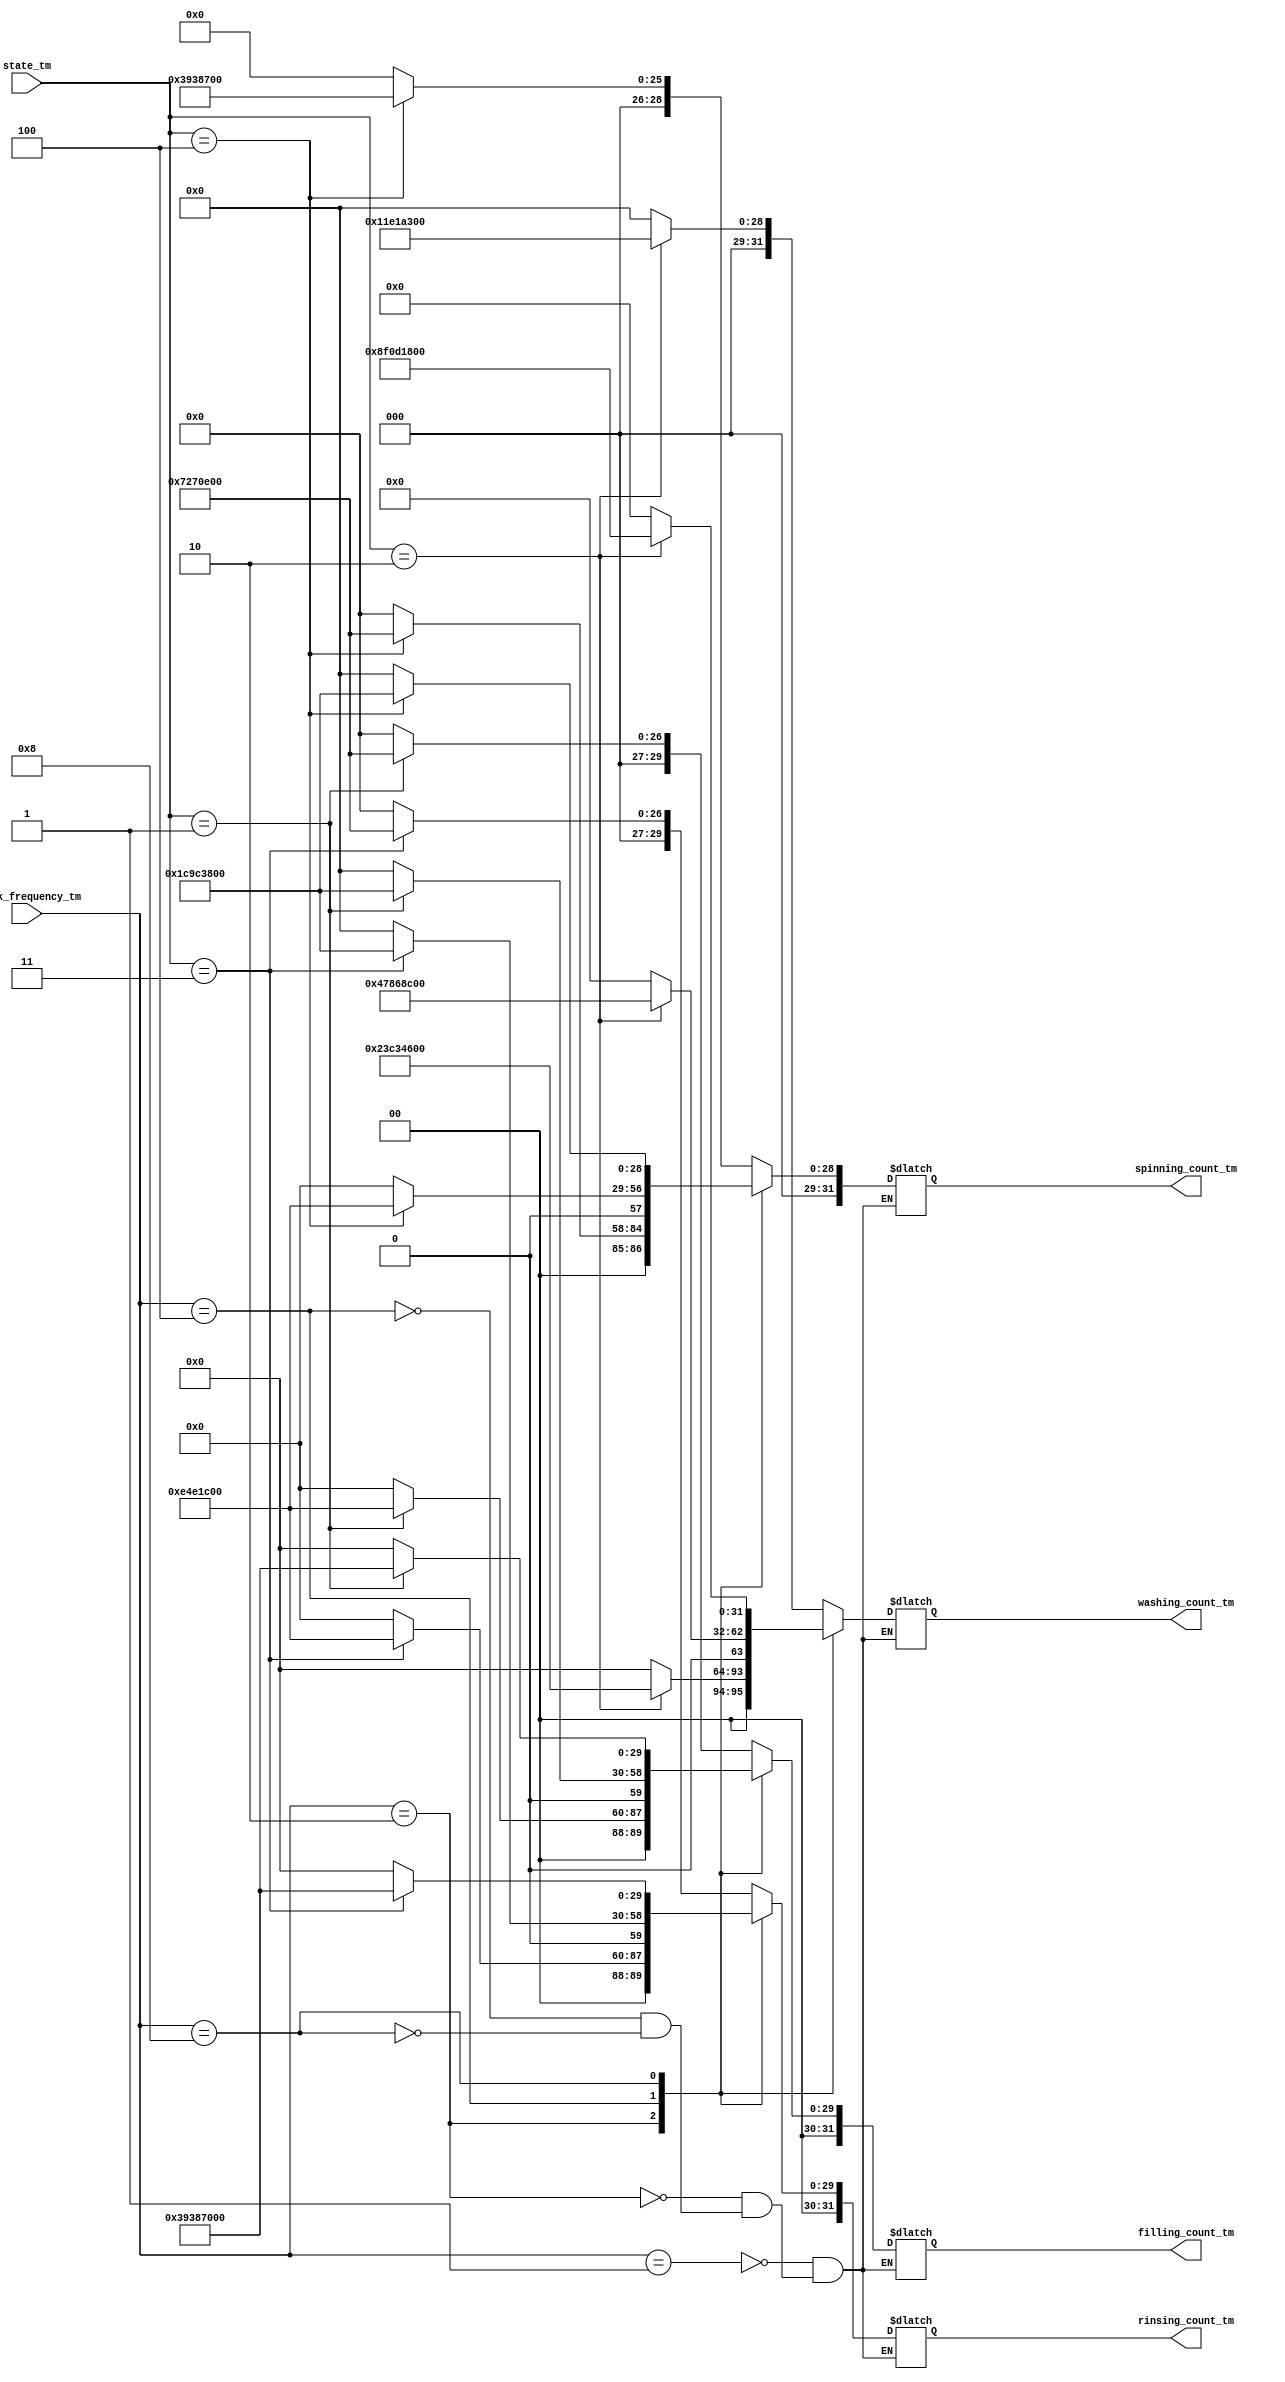
module timer_machinec#(parameter FILLING_COUNT_TM=29'd120000000,
                       parameter WASHING_COUNT_TM=29'd300000000,
                       parameter RINSING_COUNT_TM=29'd120000000,
                       parameter SPINNING_COUNT_TM=29'd60000000)
(
  input     wire  [3:0]    clock_frequency_tm,
  input     wire  [2:0]    state_tm,
       
  output    reg   [31:0]   filling_count_tm,
  output    reg   [31:0]   washing_count_tm,
  output    reg   [31:0]   rinsing_count_tm,
  output    reg   [31:0]   spinning_count_tm);
  
  
  
always@(*)
  begin  
    case(clock_frequency_tm)
    4'b0001:begin           //////// 1MHZ 
                 case(state_tm)
                 3'b000: begin           //Idle
                             filling_count_tm='b0;
                             washing_count_tm='b0;
                             rinsing_count_tm='b0;
                             spinning_count_tm='b0;
                           end
           
                 3'b001: begin           //filling water
                             filling_count_tm=FILLING_COUNT_TM;
                             washing_count_tm='b0;
                             rinsing_count_tm='b0;
                             spinning_count_tm='b0;
                           end
          
                 3'b010: begin           //washing
                             filling_count_tm='b0;
                             washing_count_tm=WASHING_COUNT_TM;
                             rinsing_count_tm='b0;
                             spinning_count_tm='b0;
                           end
                 
                 3'b011: begin           //Rinsing
                             filling_count_tm='b0;
                             washing_count_tm='b0;
                             rinsing_count_tm=RINSING_COUNT_TM;
                             spinning_count_tm='b0;
                           end
                 
                 3'b100: begin           //Spinning
                             filling_count_tm='b0;
                             washing_count_tm='b0;
                             rinsing_count_tm='b0;
                             spinning_count_tm=SPINNING_COUNT_TM;
                           end
                 default:begin
                            filling_count_tm='b0;
                             washing_count_tm='b0;
                             rinsing_count_tm='b0;
                             spinning_count_tm='b0;
                           end          
                         endcase
                       end
    ///////////////////////////////////                   
    4'b0010:begin       ///2MHZ
                 case(state_tm)
                 3'b000: begin           //Idle
                             filling_count_tm='b0;
                             washing_count_tm='b0;
                             rinsing_count_tm='b0;
                             spinning_count_tm='b0;
                           end
           
                 3'b001: begin           //filling water
                             filling_count_tm=FILLING_COUNT_TM*2;
                             washing_count_tm='b0;
                             rinsing_count_tm='b0;
                             spinning_count_tm='b0;
                           end
          
                 3'b010: begin           //washing
                             filling_count_tm='b0;
                             washing_count_tm=WASHING_COUNT_TM*2;
                             rinsing_count_tm='b0;
                             spinning_count_tm='b0;
                           end
                 
                 3'b011: begin           //Rinsing
                             filling_count_tm='b0;
                             washing_count_tm='b0;
                             rinsing_count_tm=RINSING_COUNT_TM*2;
                             spinning_count_tm='b0;
                           end
                 
                 3'b100: begin           //Spinning
                             filling_count_tm='b0;
                             washing_count_tm='b0;
                             rinsing_count_tm='b0;
                             spinning_count_tm=SPINNING_COUNT_TM*2;
                           end
                 default:begin
                            filling_count_tm='b0;
                             washing_count_tm='b0;
                             rinsing_count_tm='b0;
                             spinning_count_tm='b0;
                           end          
                         endcase
                       end
             /////////////////////////////
    4'b0100:begin             ////4MHZ
                 case(state_tm)
                 3'b000: begin           //Idle
                             filling_count_tm='b0;
                             washing_count_tm='b0;
                             rinsing_count_tm='b0;
                             spinning_count_tm='b0;
                           end
           
                 3'b001: begin           //filling water
                             filling_count_tm=FILLING_COUNT_TM*4;
                             washing_count_tm='b0;
                             rinsing_count_tm='b0;
                             spinning_count_tm='b0;
                           end
          
                 3'b010: begin           //washing
                             filling_count_tm='b0;
                             washing_count_tm=WASHING_COUNT_TM*4;
                             rinsing_count_tm='b0;
                             spinning_count_tm='b0;
                           end
                 
                 3'b011: begin           //Rinsing
                             filling_count_tm='b0;
                             washing_count_tm='b0;
                             rinsing_count_tm=RINSING_COUNT_TM*4;
                             spinning_count_tm='b0;
                           end
                 
                 3'b100: begin           //Spinning
                             filling_count_tm='b0;
                             washing_count_tm='b0;
                             rinsing_count_tm='b0;
                             spinning_count_tm=SPINNING_COUNT_TM*4;
                           end
                 default:begin
                             filling_count_tm='b0;
                             washing_count_tm='b0;
                             rinsing_count_tm='b0;
                             spinning_count_tm='b0;
                           end
                         endcase
                       end
    //////////////////////////////////////////////////
    4'b1000:begin              //8MHZ
                 case(state_tm)
                 3'b000: begin           //Idle
                             filling_count_tm='b0;
                             washing_count_tm='b0;
                             rinsing_count_tm='b0;
                             spinning_count_tm='b0;
                           end
           
                 3'b001: begin           //filling water
                             filling_count_tm=FILLING_COUNT_TM*8;
                             washing_count_tm='b0;
                             rinsing_count_tm='b0;
                             spinning_count_tm='b0;
                           end
          
                 3'b010: begin           //washing
                             filling_count_tm='b0;
                             washing_count_tm=WASHING_COUNT_TM*8;
                             rinsing_count_tm='b0;
                             spinning_count_tm='b0;
                           end
                 
                 3'b011: begin           //Rinsing
                             filling_count_tm='b0;
                             washing_count_tm='b0;
                             rinsing_count_tm=RINSING_COUNT_TM*8;
                             spinning_count_tm='b0;
                           end
                 
                 3'b100: begin           //Spinning
                             filling_count_tm='b0;
                             washing_count_tm='b0;
                             rinsing_count_tm='b0;
                             spinning_count_tm=SPINNING_COUNT_TM*8;
                           end
                 default:begin
                            filling_count_tm='b0;
                             washing_count_tm='b0;
                             rinsing_count_tm='b0;
                             spinning_count_tm='b0;
                           end
                         endcase
                       end
    
                              
        endcase
      end
    endmodule